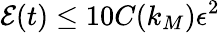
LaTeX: \mathcal{E}(t)\leq 10C(k_{M})\epsilon^{2}